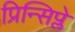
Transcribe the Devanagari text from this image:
प्रिन्सिप्ले